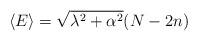
LaTeX: \begin{align*}\langle E\rangle= \sqrt{\lambda^2+\alpha^2}(N-2n)\end{align*}